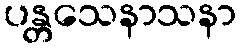
ပန္တသေနာသနာ